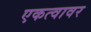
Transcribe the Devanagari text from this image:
एकत्वावर